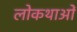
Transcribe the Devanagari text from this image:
लोकथाओं